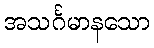
အသင်္ဂမာနသော